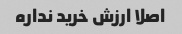
اصلا ارزش خرید نداره